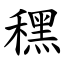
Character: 䆀